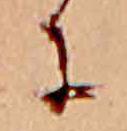
に